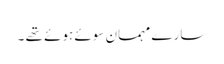
سارے مہمان سوئے ہوئے تھے ۔